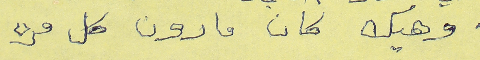
وهيك كان مارون كل مره